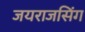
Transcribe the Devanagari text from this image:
जयराजसिंग